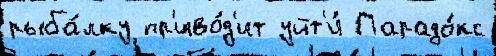
рыба́лку пр'иво́д'ит уйт'и́ Парадо́кс